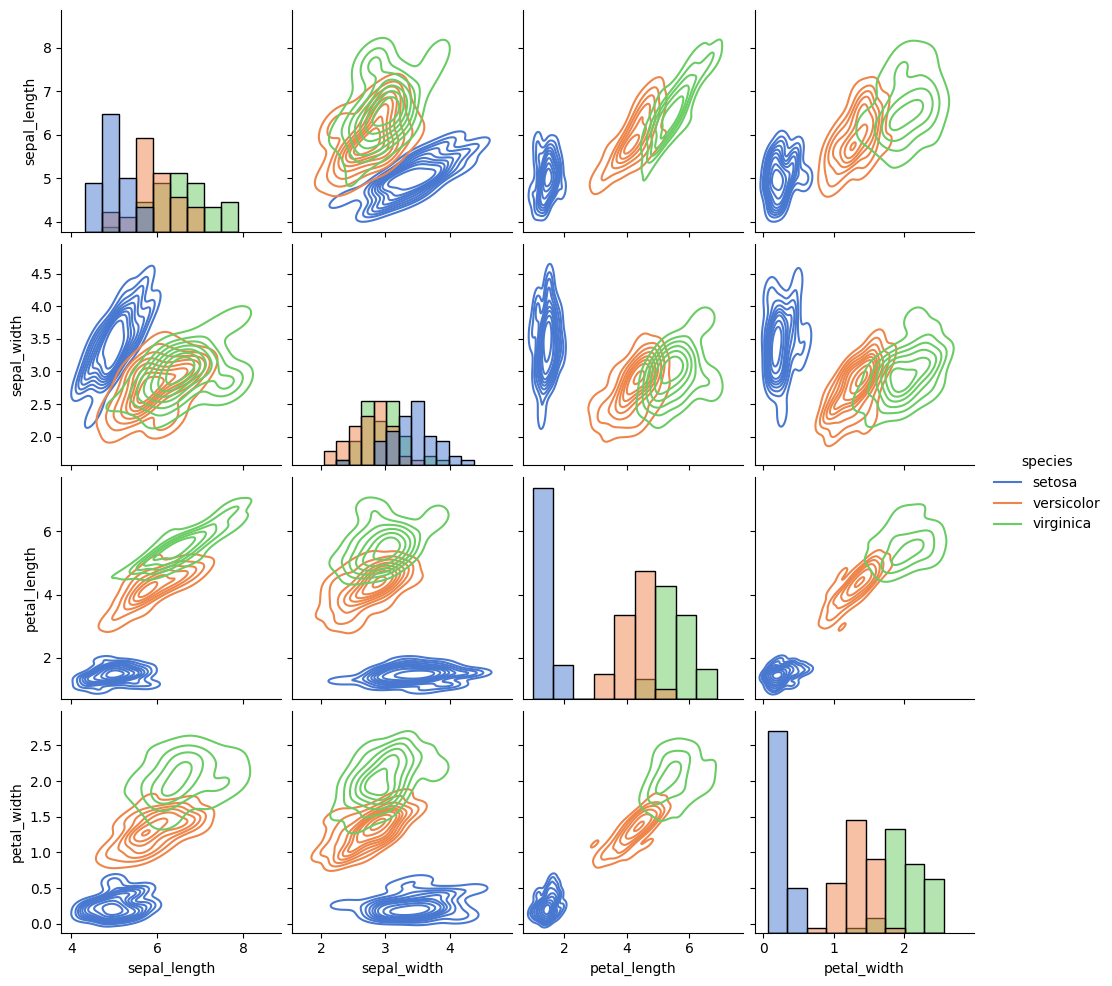
python, seaborn, pairplot, palette='muted', markers=['o', 's', 'D'], kind='kde', diag_kind='hist'